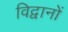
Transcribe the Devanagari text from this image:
विद्वानों